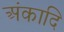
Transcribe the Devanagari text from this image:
अंकादि